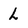
Character: L